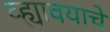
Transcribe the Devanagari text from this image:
व्ह्यावयाचे